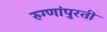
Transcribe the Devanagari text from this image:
रुग्णांपुरती